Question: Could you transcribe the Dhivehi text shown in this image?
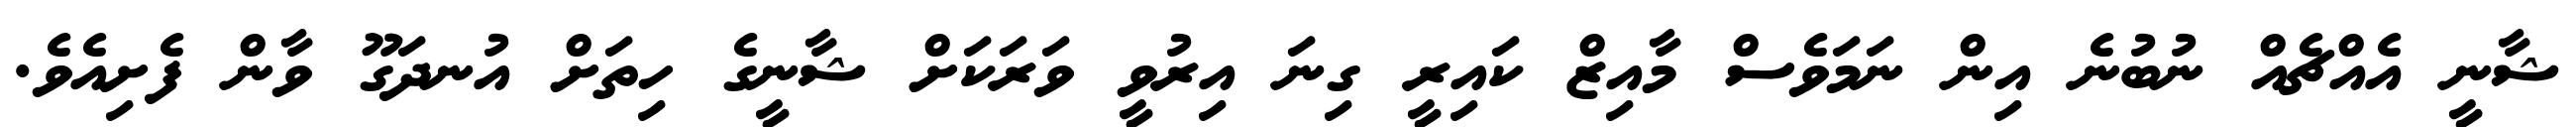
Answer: ޝާނީ އެއްޗެއް ނުބުނެ އިން ނަމަވެސް މާއިޒް ކައިރީ ގިނަ އިރުވީ ވަރަކަށް ޝާނީގެ ހިތަށް އުނދަގޫ ވާން ފެށިއެވެ.